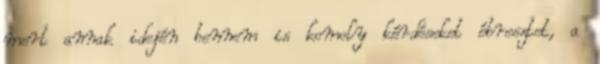
mert annak idején bennem is komoly kérdéseket ébresztet, a